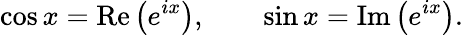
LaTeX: \cos x=\operatorname{Re}\left(e^{ix}\right),\qquad\sin x=\operatorname{Im}\left(e^{ix}\right).